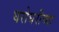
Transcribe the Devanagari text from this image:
घरोघरीच्या